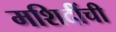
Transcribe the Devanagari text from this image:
मशिदींची